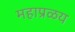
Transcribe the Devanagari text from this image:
महाप्रळय